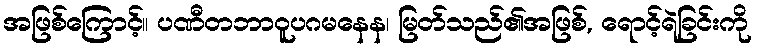
အဖြစ်ကြောင့်။ ပဏီတဘာဝူပဂမနေန၊ မြတ်သည်၏အဖြစ်, ရောင့်ရဲခြင်းကို